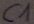
Text: C1